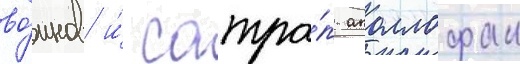
во́инов и́ сатра́п аполлофан